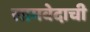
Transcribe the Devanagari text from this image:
सामवेदाची